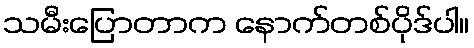
သမီးပြောတာက နောက်တစ်ပိုဒ်ပါ။